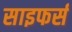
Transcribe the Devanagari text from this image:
साइफर्स